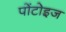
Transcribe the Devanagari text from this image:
पोंटोइज